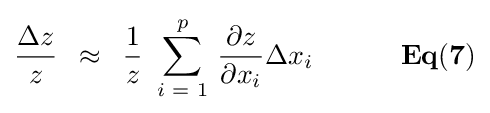
{{\Delta z} \over z}\,\,\,\approx \,\,\,{1 \over z}\,\,\sum \limits _{i\,\,=\,\,1}^{p}{\,{{\partial z} \over {\partial x_{i}}}\Delta x_{i}}{\mathbf {\,\,\,\,\,\,\,\,\,\,\,\,\,\,\,\,\,\,\,Eq(7)} }